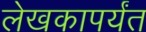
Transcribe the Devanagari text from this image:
लेखकापर्यंत